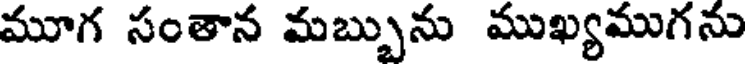
మూగ సంతాన మబ్బును ముఖ్యముగను